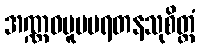
အဏ္ဏဝမူပမရတနသုစိတ္တံ